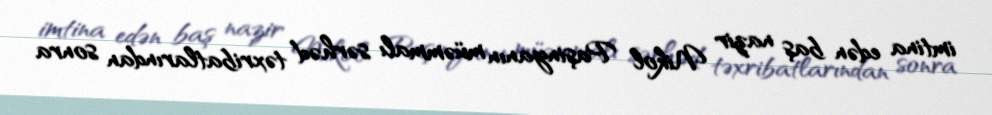
imtina edən baş nazir Nikol Paşinyanın müəmmalı sərhəd təxribatlarından sonra